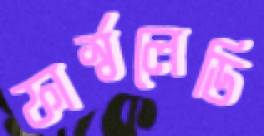
ফার্স্বলেডি